Civil Veterinary Department Bihar & Orissa reports 1922-29 - 1922-1929
Year: 1922
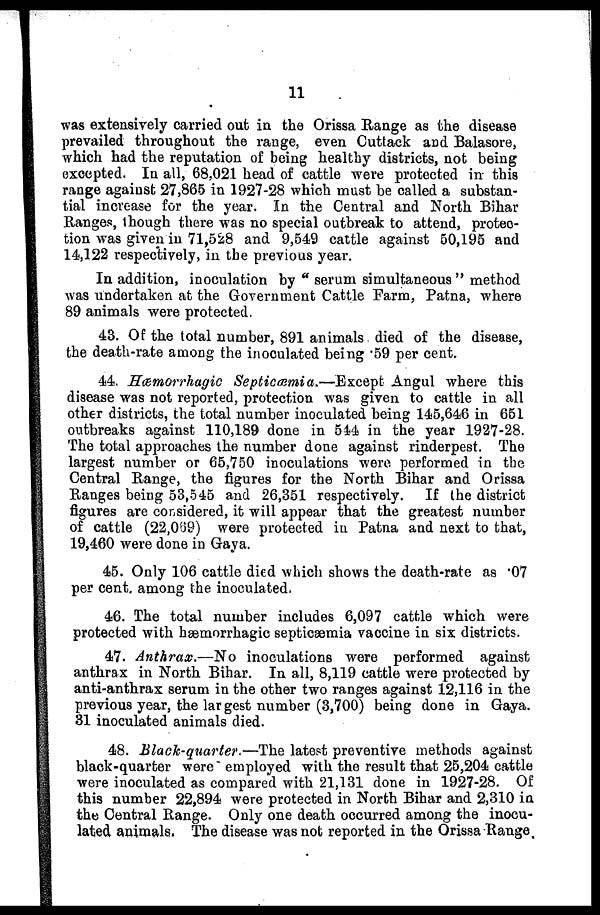
11
was extensively carried out in the Orissa Range as the disease
prevailed throughout the range, even Cuttack and Balasore,
which had the reputation of being healthy districts, not being
excepted. In all, 68,021 head of cattle were protected in this
range against 27,865 in 1927-28 which must be called a substan-
tial increase for the year. In the Central and North Bihar
Ranges, though there was no special outbreak to attend, protec-
tion was given in 71,528 and 9,549 cattle against 50,195 and
14,122 respectively, in the previous year.
In addition, inoculation by "serum simultaneous " method
was undertaken at the Government Cattle Farm, Patna, where
89 animals were protected
43. Of the total number, 891 animals died of the disease,
the death-rate among the inoculated being '59 per cent,
44. Hæmorrhagic Septicmmia.—Except Angul where this
disease was not reported, protection was given to cattle in all
other districts, the total number inoculated being 145,646 in 651
outbreaks against 110,189 done in 544 in the year 1927-28.
The total approaches the number done against rinderpest. The
largest number or 65,750 inoculations were performed in the
Central Range, the figures for the North Bihar and Orissa
Ranges being 53,545 and 26,351 respectively. If the district
figures are considered, it will appear that the greatest number
of cattle (22,069) were protected in Patna and next to that,
19,460 were done in Gaya.
45. Only 106 cattle died which shows the death-rate as "07
per cent, among the inoculated.
46. The total number includes 6,097 cattle which were
protected with hæmorrhagic septicaemia vaccine in six districts.
47. Anthrax.—No
inoculations were performed against
anthrax in North Bihar. In all, 8,119 cattle were protected by
anti-anthrax serum in the other two ranges against 12,116 in the
previous year, the largest number (3,700) being done in Gaya.
31 inoculated animals died.
48. Black-quarter.—The latest preventive methods against
black-quarter were employed with the result that 25,204 cattle
were inoculated as compared with 21,131 done in 1927-28. Of
this number 22,894 were protected in North Bihar and 2,310 in
the Central Range. Only one death occurred among the inocu-
lated animals. The disease was not reported in the Orissa Range,